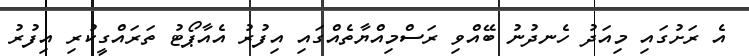
އެ ރަށުގައި މިއަދު ހެނދުނު ބޭއްވި ރަސްމިއްޔާތެއްގައި އިފުރު އެއާޕޯޓު ތަރައްގީކުރި އިފުރު